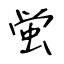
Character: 蛍